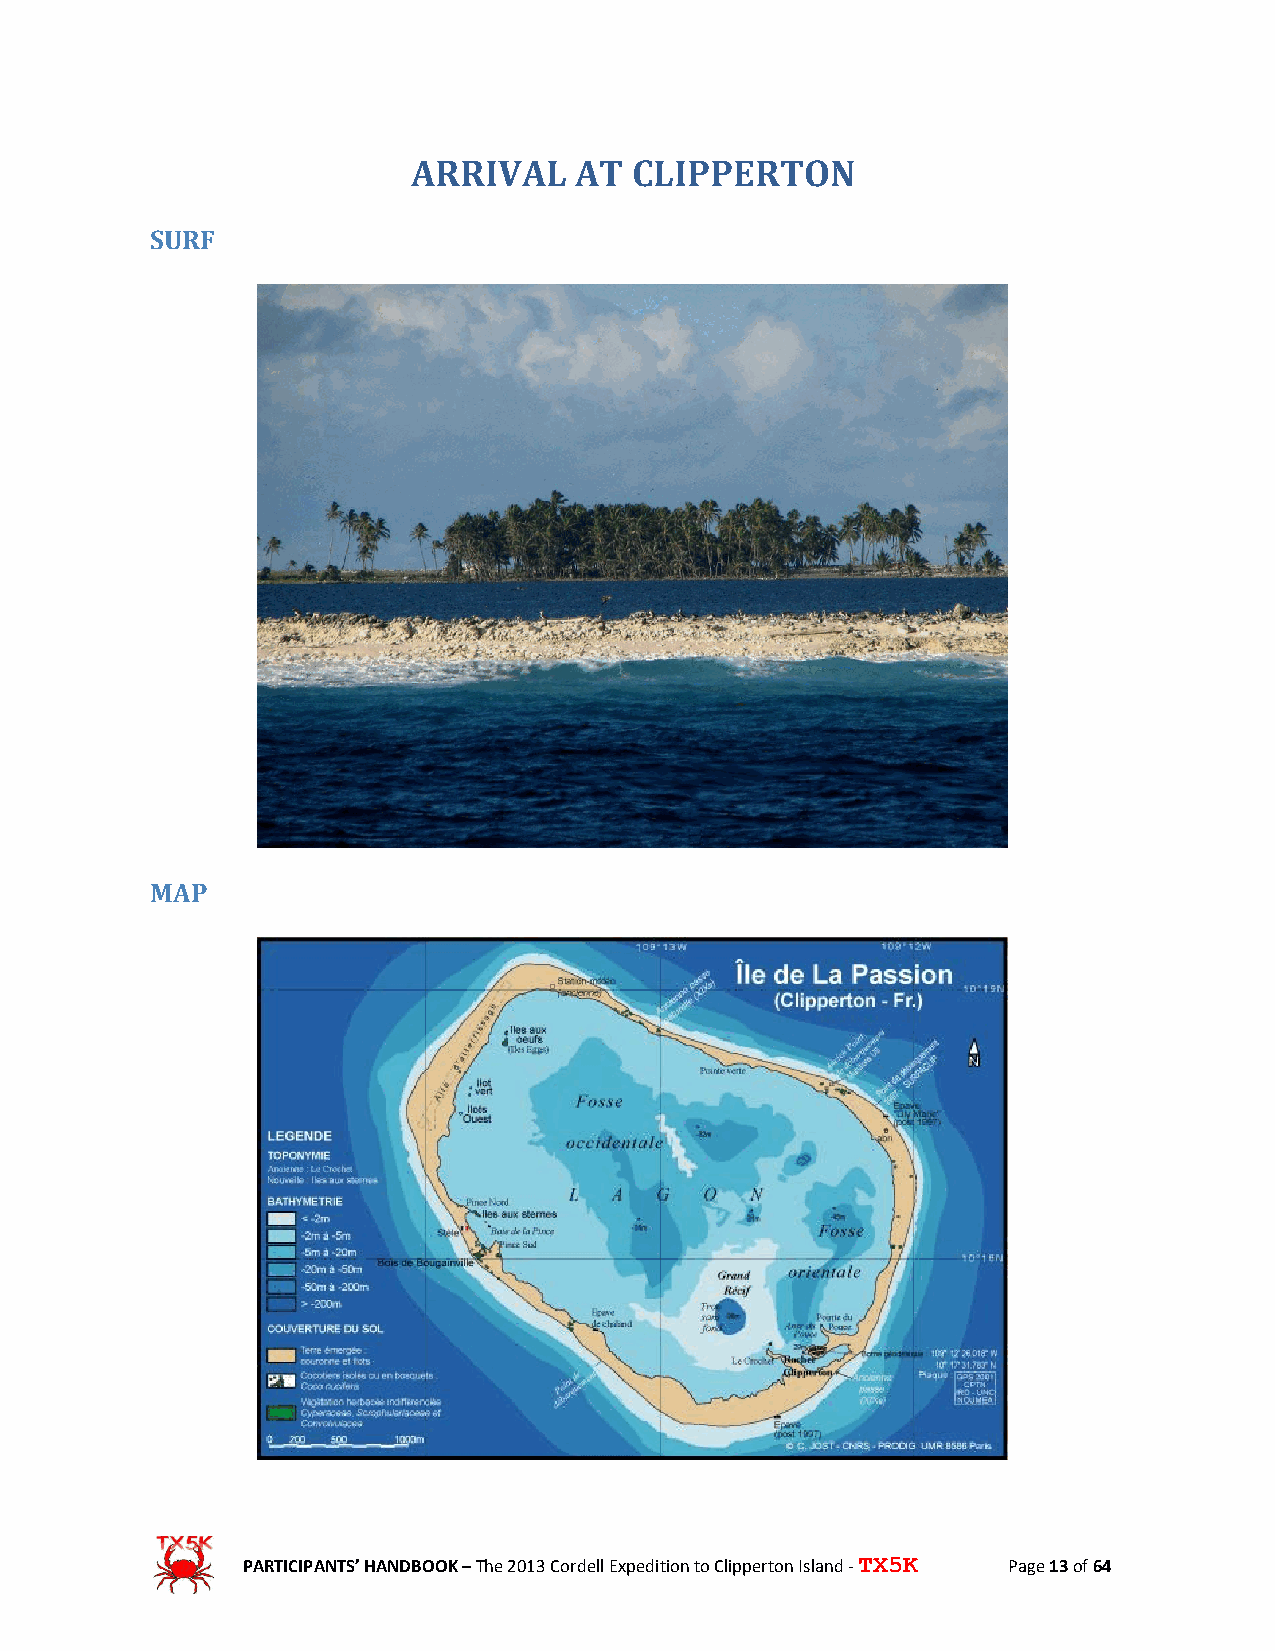
ARRIVAL    AT  CLIPPERTON
 SURF
 MAP
 PARTICIPANTS’ HANDBOOK – The 2013 Cordell Expedition to Clipperton Island - TX5K Page 13 of 64